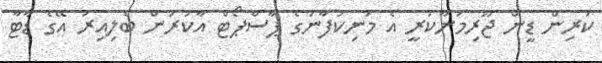
ކުރިން ޑީން ޖޫރިމަނާކުރީ އެ މަނިކުފާނުގެ ޕާސްޕޯޓް އާކުރަން ބެލިއިރު އޭގެ ޑާޓާ